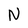
Character: N